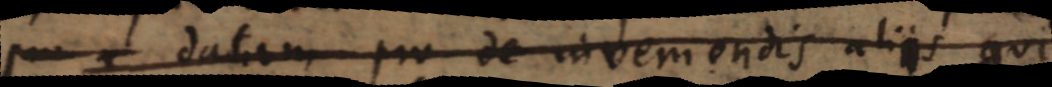
i datam pro de inveniendis aliis